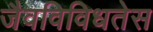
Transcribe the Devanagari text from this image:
जैवविविधतेस